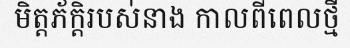
មិត្តភ័ក្តិរបស់នាង កាលពីពេលថ្មី